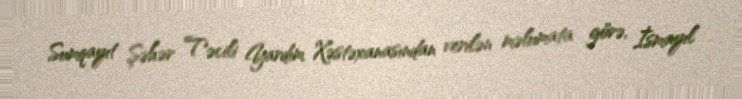
Sumqayıt Şəhər Təcili Yardım Xəstəxanasından verilən məlumata görə, İsmayıl